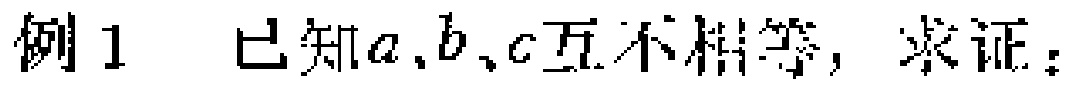
例1 已知\(a,b,c\)互不相等，求证：